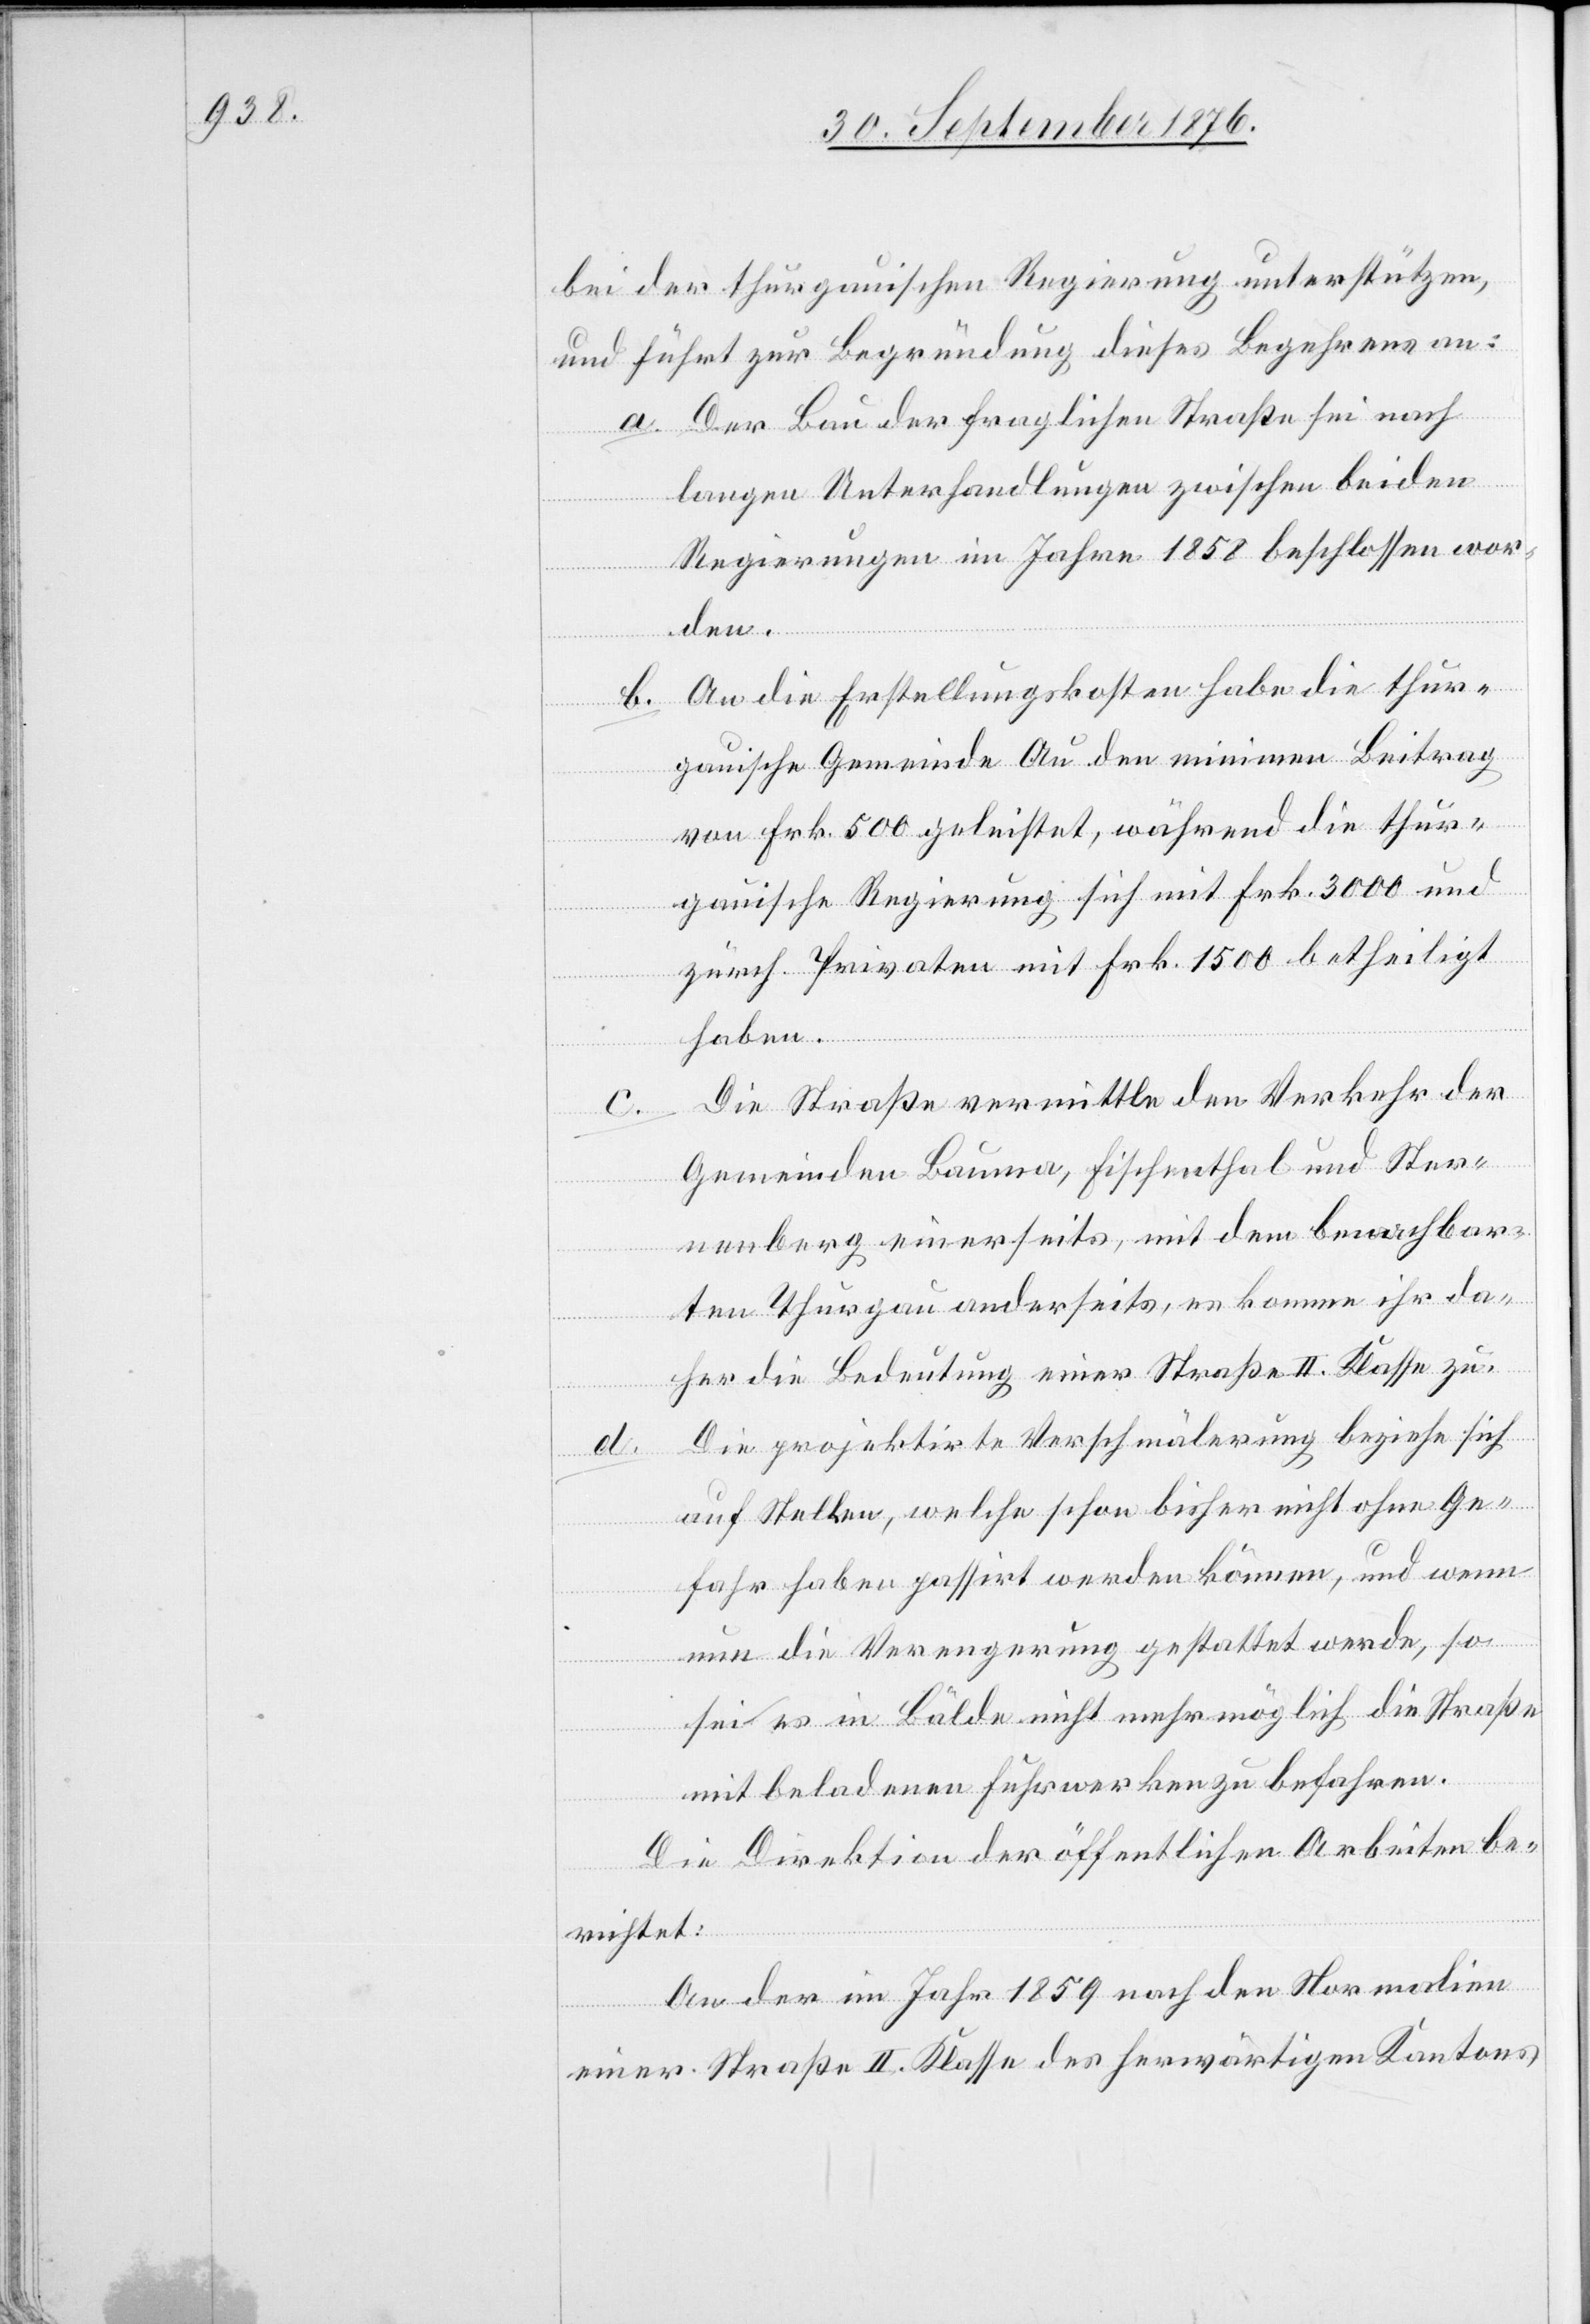
bei der thurgauischen Regierung unterstützen,
und führt zur Begründung dieses Begehrens an:
a. Der Bau der fraglichen Straße sei nach
langen Unterhandlungen zwischen beiden
Regierungen im Jahre 1858 beschlossen wor¬
den.
b. An die Erstellungskosten habe die thur¬
gauische Gemeinde Au den minimen Beitrag
von Frk. 500 geleistet, während die thur¬
gauische Regierung sich mit Frk. 3000 und
zürch. Privaten mit Frk. 1500 betheiligt
haben.
Die Straße vermittle den Verkehr der
Gemeinden Bauma, Fischenthal und Ster¬
nenberg einerseits, mit dem benachbar¬
ten Thurgau anderseits, es komme ihr da¬
her die Bedeutung einer Straße II. Klasse zu.
Die projektirte Verschmälerung beziehe sich
auf Stellen, welche schon bisher nicht ohne Ge¬
fahr haben passirt werden können, und wenn
nun die Verengerung gestattet werde, so
sei es in Bälde nicht mehr möglich die Straße
mit beladenen Fuhrwerken zu befahren.
Die Direktion der öffentlichen Arbeiten be¬
richtet:
An der im Jahr 1859 nach den Normalien
einer Straße II. Klasse des herwärtigen Kantons